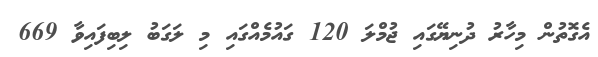
އެގޮތުން މިހާރު ދުނިޔޭގައި ޖުމްލަ 120 ގައުމެއްގައި މި ލަގަބު ލިބިފައިވާ 669